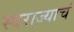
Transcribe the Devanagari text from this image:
स्वराज्याचं